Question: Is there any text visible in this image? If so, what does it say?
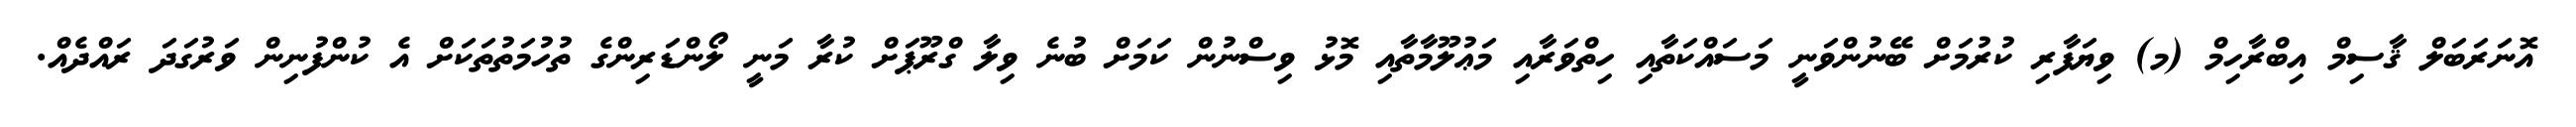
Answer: އޮނަރަބަލް ޤާސިމް އިބްރާހިމް (މ) ވިޔަފާރި ކުރުމަށް ބޭނުންވަނީ މަސައްކަތާއި ހިތްވަރާއި މަޢުލޫމާތާއި މޮޅު ވިސްނުން ކަމަށް ބުނެ ވިލާ ގްރޫޕަށް ކުރާ މަނީ ލޯންޑަރިންގެ ތުހުމަތުތަކަށް އެ ކުންފުނިން ވަރުގަދަ ރައްދެއް.